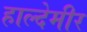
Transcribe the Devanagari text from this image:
हाल्देमीर